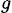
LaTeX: _{g}